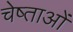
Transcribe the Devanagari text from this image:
चेष्ताओं